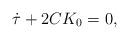
LaTeX: \begin{align*}\dot{\tau}+2CK_0=0,\end{align*}